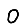
Digit: 0